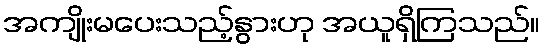
အကျိုးမပေးသည့်နွားဟု အယူရှိကြသည်။